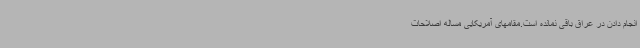
انجام دادن در عراق باقی نمانده است.مقامهای آمریکایی مساله اصلاحات